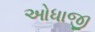
ઓધાજી